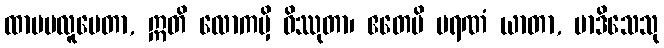
ထာမဗလူပေတာ, ဣတိ လောကမှိ ဝိဿုတာ၊ ဧတေပိ မရဏံ ယာတာ, မာဒိသေသု